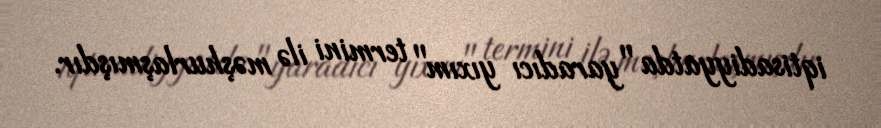
iqtisadiyyatda "yaradıcı yıxım" termini ilə məşhurlaşmışdır.